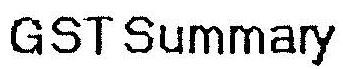
GST SUMMARY